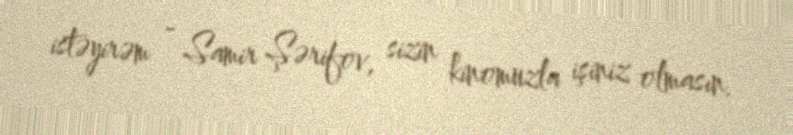
istəyirəm - Samir Şərifov, sizin kinomuzla işiniz olmasın.